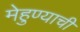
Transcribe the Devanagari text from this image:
मेहुण्याची